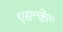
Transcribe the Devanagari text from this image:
एस॰के॰